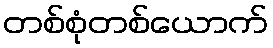
တစ်စုံတစ်ယောက်